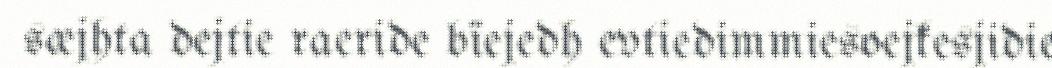
sæjhta dejtie raeride bïejedh evtiedimmiesoejkesjidie